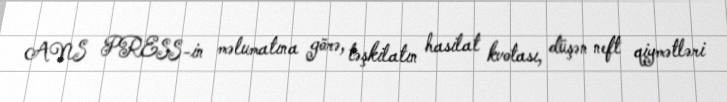
ANS PRESS-in məlumatına görə, təşkilatın hasilat kvotası, düşən neft qiymətləri